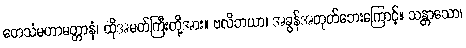
တေသံမဟာမတ္တာနံ၊ ထိုအမတ်ကြီးတို့အား။ ဗလိဘယာ၊ အခွန်အတုတ်ဘေးကြောင့်။ သန္တာသော၊